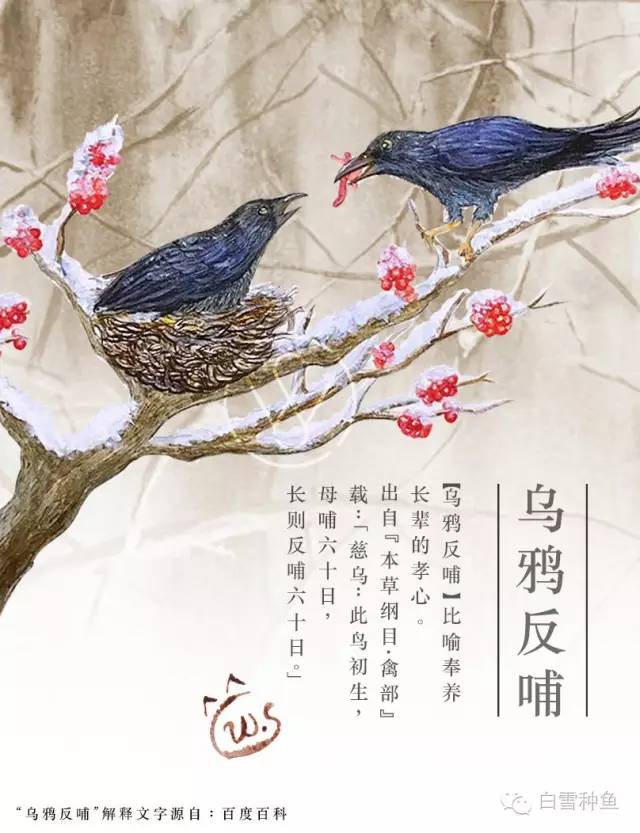
杀一无罪，非仁也非其有而取之，非义也。